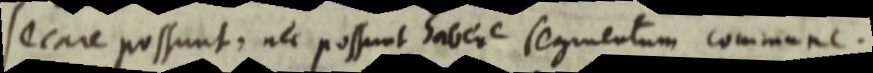
secare possunt. nec possunt habere segmentum commune.